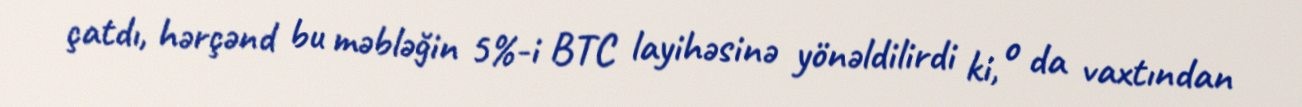
çatdı, hərçənd bu məbləğin 5%-i BTC layihəsinə yönəldilirdi ki, o da vaxtından